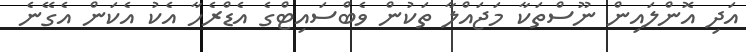
އަދި އޮންލައިން ނޫސްތަކާ މަޖައްލާ ތަކުން ވެބްސައިޓްގެ އެޑްރެހާ އެކު އެކަން އެގޭނެ